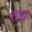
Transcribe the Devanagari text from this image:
शाखा़